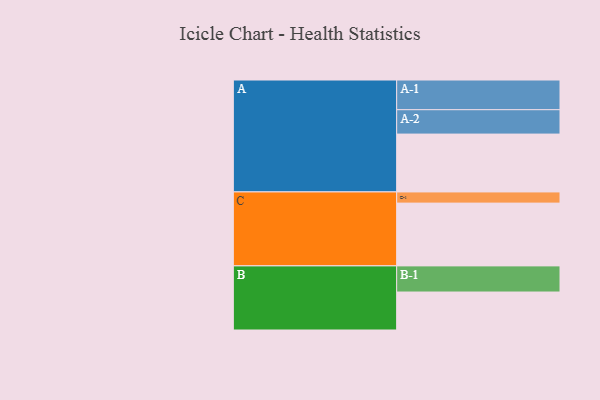
{"axis": {"x": "Segment", "y": "Value"}, "legend": ["", "A", "B", "C"], "data": [{"x": "A", "y": 553, "type": ""}, {"x": "B", "y": 363, "type": ""}, {"x": "C", "y": 600, "type": ""}, {"x": "A-1", "y": 284, "type": "A"}, {"x": "A-2", "y": 233, "type": "A"}, {"x": "B-1", "y": 250, "type": "B"}, {"x": "C-1", "y": 107, "type": "C"}]}